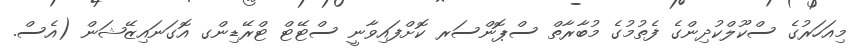
މިއަހަރުގެ ސްކޫލްކުދިންގެ ފެތުމުގެ މުބާރާތް ސްޕޮންސަރ ކޮށްފައިވާނީ ސްޓޭޓް ޓްރޭޑިންގ އޮގަނައިޒޭޝަން (އެސް.